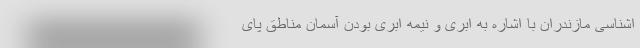
اشناسی مازندران با اشاره به ابری و نیمه ابری بودن آسمان مناطق پای